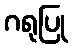
ဂရုပြု